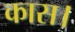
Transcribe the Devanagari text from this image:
कास।